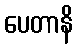
ပေတာနိ